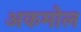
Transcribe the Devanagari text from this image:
अकमोल